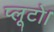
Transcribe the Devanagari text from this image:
प्लूटो।